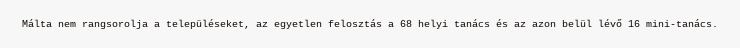
Málta nem rangsorolja a településeket, az egyetlen felosztás a 68 helyi tanács és az azon belül lévő 16 mini-tanács.